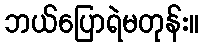
ဘယ်ပြောရဲမတုန်း။